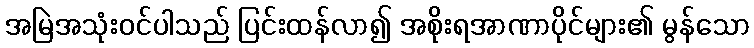
အမြဲအသုံးဝင်ပါသည် ပြင်းထန်လာ၍ အစိုးရအာဏာပိုင်များ၏ မွန်သော